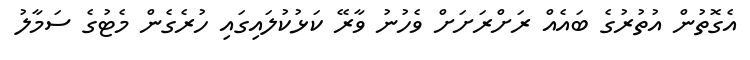
އެގޮތުން އުތުރުގެ ބައެއް ރަށްރަށަށް ވެހުނު ވާރޭ ކަޅުކުލައިގައި ހުރެގެން މެޓުގެ ސަމާލު